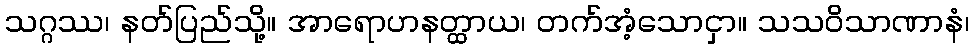
သဂ္ဂဿ၊ နတ်ပြည်သို့။ အာရောဟနတ္ထာယ၊ တက်အံ့သောငှာ။ သသဝိသာဏာနံ၊